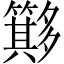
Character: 𥶂